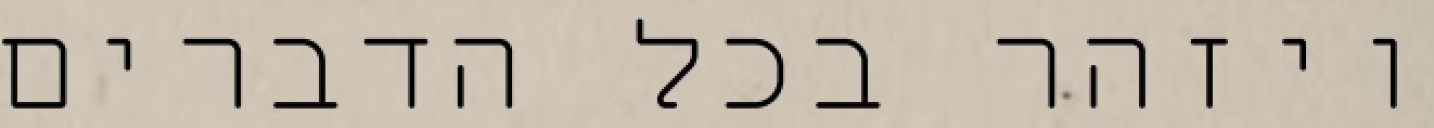
ויזהר בכל הדברים